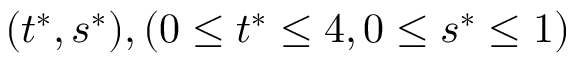
( t ^ { * } , s ^ { * } ) , ( 0 \leq t ^ { * } \leq 4 , 0 \leq s ^ { * } \leq 1 )